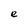
Character: e